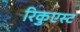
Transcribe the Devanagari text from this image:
रिकुएस्ट